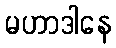
မဟာဒါနေ